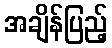
အချိန်ပြည့်